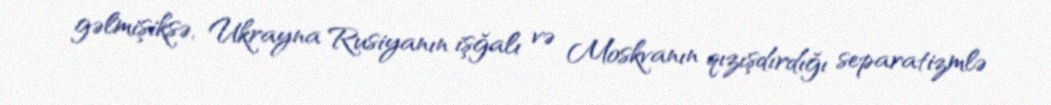
gəlmişiksə, Ukrayna Rusiyanın işğalı və Moskvanın qızışdırdığı separatizmlə